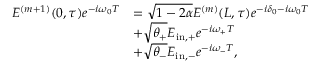
\begin{array} { r l } { E ^ { ( m + 1 ) } ( 0 , \tau ) e ^ { - i \omega _ { 0 } T } } & { = \sqrt { 1 - 2 \alpha } E ^ { ( m ) } ( L , \tau ) e ^ { - i \delta _ { 0 } - i \omega _ { 0 } T } } \\ & { + \sqrt { \theta _ { + } } E _ { \mathrm { i n , + } } e ^ { - i \omega _ { + } T } } \\ & { + \sqrt { \theta _ { - } } E _ { \mathrm { i n , - } } e ^ { - i \omega _ { - } T } , } \end{array}